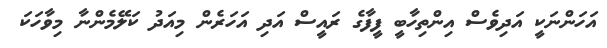
އަހަންނަކީ އަދިވެސް އިންތިހާބީ ފީފާގެ ރައީސް އަދި އަހަރެން މިއަދު ކަލޭމެންނާ މިވާހަކަ